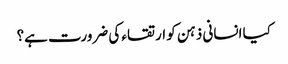
کیا انسانی ذہن کو ارتقاء کی ضرورت ہے؟